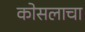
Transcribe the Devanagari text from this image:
कोसलाचा